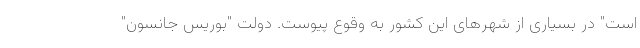
است" در بسیاری از شهرهای این کشور به وقوع پیوست. دولت "بوریس جانسون"